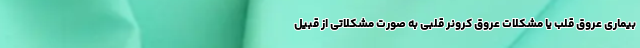
بیماری عروق قلب یا مشکلات عروق کرونر قلبی به صورت مشکلاتی از قبیل